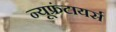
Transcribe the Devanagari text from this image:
न्यूफ्रंटायर्स